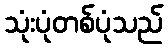
သုံးပုံတစ်ပုံသည်